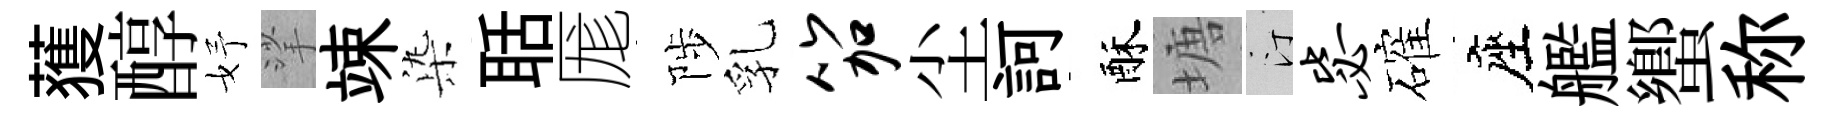
𫉬醇妤挲竦𣑱聒厖陟乳笳尘訶酥塘汀毖確座艦蠁称